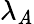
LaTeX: \lambda_{\mathit{A}}